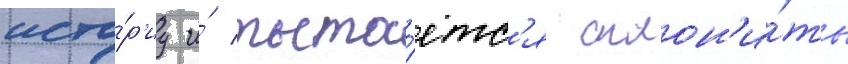
исто́р'иу и́ пыта́етс'я склон'и́ть